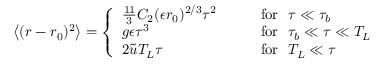
\left\langle { ( r - r _ { 0 } ) ^ { 2 } } \right\rangle = \left\{ \begin{array} { l l } { \frac { 1 1 } { 3 } C _ { 2 } ( \epsilon r _ { 0 } ) ^ { 2 / 3 } \tau ^ { 2 } \quad \quad } & { \mathrm { f o r } \, \, \, \, \tau \ll \tau _ { b } } \\ { g \epsilon \tau ^ { 3 } } & { \mathrm { f o r } \, \, \, \, \tau _ { b } \ll \tau \ll T _ { L } } \\ { 2 \tilde { u } T _ { L } \tau } & { \mathrm { f o r } \, \, \, \, T _ { L } \ll \tau } \end{array} \right.